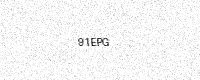
Text: 91EPG